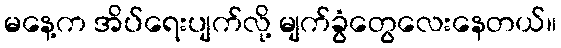
မနေ့က အိပ်ရေးပျက်လို့ မျက်ခွံတွေလေးနေတယ်။